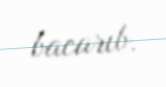
bacarıb.